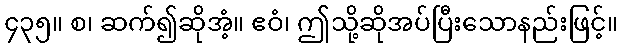
၄၃၅။ စ၊ ဆက်၍ဆိုအံ့။ ဧဝံ၊ ဤသို့ဆိုအပ်ပြီးသောနည်းဖြင့်။